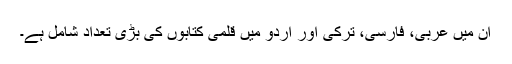
ان میں عربی، فارسی، ترکی اور اُردو میں قلمی کتابوں کی بڑی تعداد شامل ہے۔